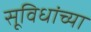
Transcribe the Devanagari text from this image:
सूविधांच्या